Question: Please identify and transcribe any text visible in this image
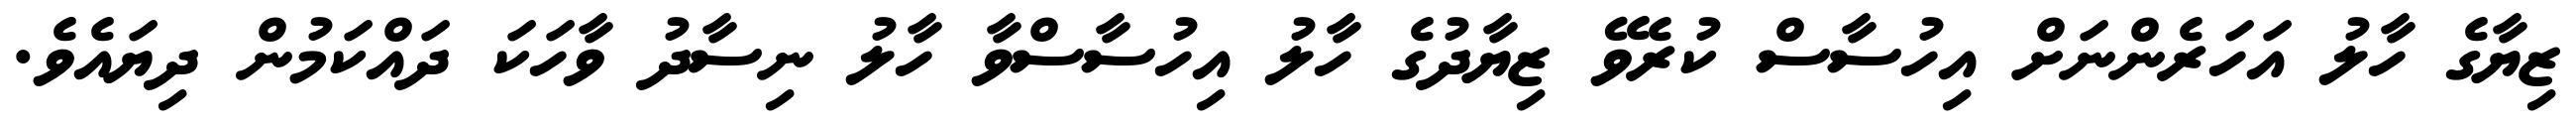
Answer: ޒިޔާގެ ހާލު އަހަރެންނަށް އިހުސާސް ކުރެވޭ ޒިޔާދުގެ ހާލު އިހުސާސްވާ ހާލު ނިސާދު ވާހަކަ ދައްކަމުން ދިޔައެވެ.